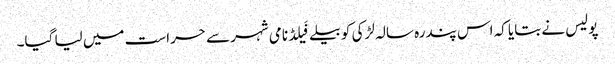
پولیس نے بتایا کہ اس پندرہ سالہ لڑکی کو بیلےفَیلڈ نامی شہر سے حراست میں لیا گیا۔